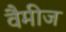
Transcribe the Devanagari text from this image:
वैमीज